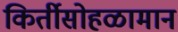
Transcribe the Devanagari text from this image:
किर्तीसोहळामान